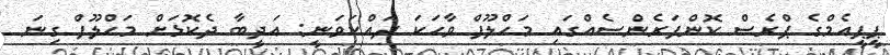
ޕީޕީއެމްގެ ޕްރެސް ކޮންފަރެންސެއްގައި މަހްލޫފް ވާހަކަ ދައްކަވަނީ: އަދީބާ ދެކޮޅަށް މަހްލޫފް ގިނަ